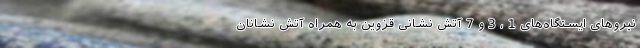
نیروهای ایستگاه‌های 1 ، 3 و 7 آتش نشانی قزوین به همراه آتش نشانان